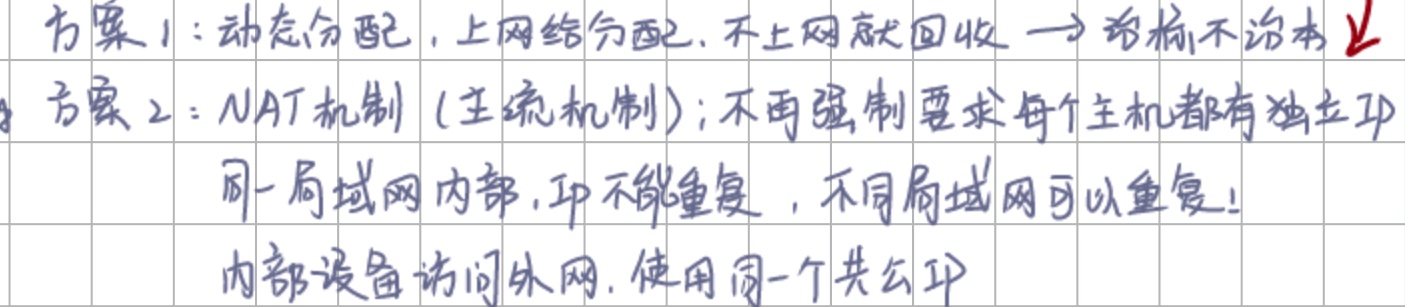
方案1：动态分配，上网给分配，不上网就回收 → 治标不治本✓
方案2：NAT机制（主流机制）；不再强制要求每个主机都有独立IP
同一局域网内部，IP不能重复，不同局域网可以重复！
内部设备访问外网，使用同一个共公IP